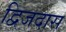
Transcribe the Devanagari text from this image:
द्विजदास